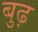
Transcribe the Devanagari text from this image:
बुढ़